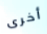
أخرى